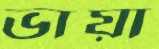
ভায়া